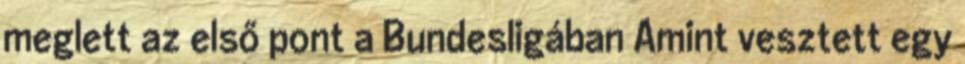
meglett az első pont a Bundesligában Amint vesztett egy